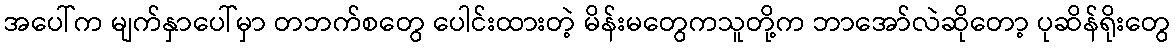
အပေါ်က မျက်နှာပေါ်မှာ တဘက်စတွေ ပေါင်းထားတဲ့ မိန်းမတွေကသူတို့က ဘာအော်လဲဆိုတော့ ပုဆိန်ရိုးတွေ